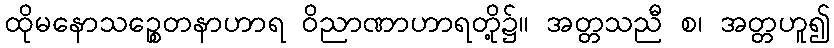
ထိုမနောသဉ္စေတနာဟာရ ဝိညာဏာဟာရတို့၌။ အတ္တသညီ စ၊ အတ္တဟူ၍